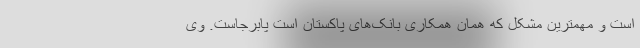
است و مهمترین مشکل که همان همکاری بانک‌های پاکستان است پابرجاست. وی